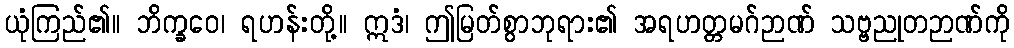
ယုံကြည်၏။ ဘိက္ခဝေ၊ ရဟန်းတို့။ ဣဒံ၊ ဤမြတ်စွာဘုရား၏ အရဟတ္တမဂ်ဉာဏ် သဗ္ဗညုတဉာဏ်ကို